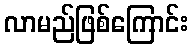
လာမည်ဖြစ်ကြောင်း